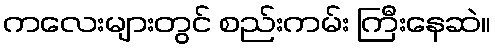
ကလေးများတွင် စည်းကမ်း ကြီးနေဆဲ။